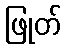
ဖြုတ်